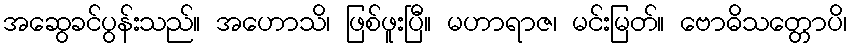
အဆွေခင်ပွန်းသည်။ အဟောသိ၊ ဖြစ်ဖူးပြီ။ မဟာရာဇ၊ မင်းမြတ်။ ဗောဓိသတ္တောပိ၊